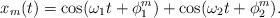
LaTeX: \begin{align*}x_m(t)= \cos(\omega_1 t + \phi_1^m) + \cos(\omega_2 t + \phi_2^m).\end{align*}